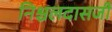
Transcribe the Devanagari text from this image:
निश्चलदासजी